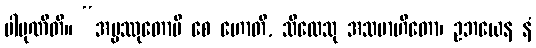
ပါပုဏီတိ။ “အပ္ပဿုတောပိ စေ ဟောတိ, သီလေသု အသမာဟိတော၊ ဥဘယေန နံ